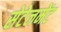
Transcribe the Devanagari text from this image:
सेटेलमेंट